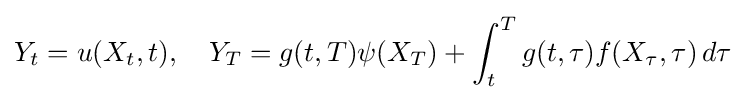
Y_{t}=u(X_{t},t),\quad Y_{T}=g(t,T)\psi (X_{T})+\int _{t}^{T}g(t,\tau )f(X_{\tau },\tau )\,d\tau